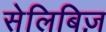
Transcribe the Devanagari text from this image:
सेलिबिज़